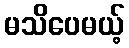
မသိပေမယ့်